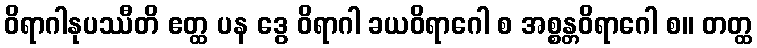
ဝိရာဂါနုပဿီတိ ဧတ္ထ ပန ဒွေ ဝိရာဂါ ခယဝိရာဂေါ စ အစ္စန္တဝိရာဂေါ စ။ တတ္ထ